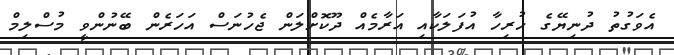
އެވަގުތު ދުނިޔޭގެ ހުރިހާ އުފަލަކާއި އަރާމެއް ދޫކޮށްލަން ޖެހުނަސް އަހަރެން ބޭނުންވީ މުސްލިމް